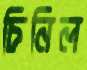
চিনিল